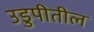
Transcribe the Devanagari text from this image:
उडुपीतील